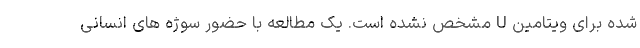
شده برای ویتامین U مشخص نشده است. یک مطالعه با حضور سوژه های انسانی